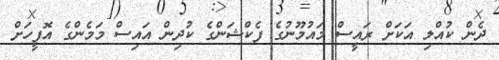
ދެން ކުއްލި އަކަށް ރައީސް މައުމޫނުގެ ފެކްޝަންގެ ކުދިން އައިސް މަމެންގެ އޮފީހަށް